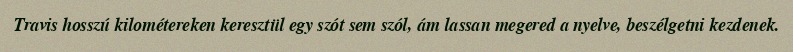
Travis hosszú kilométereken keresztül egy szót sem szól, ám lassan megered a nyelve, beszélgetni kezdenek.